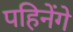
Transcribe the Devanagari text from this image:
पहिनेंगे